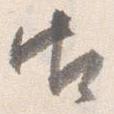
御